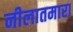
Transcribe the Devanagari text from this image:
नीलातमारा